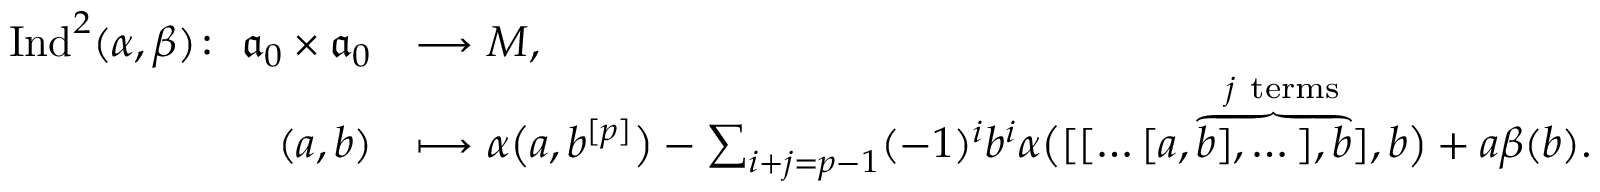
\begin{array} { r l } { \mathrm { I n d } ^ { 2 } ( \alpha , \beta ) \colon \ \mathfrak { a } _ { 0 } \times \mathfrak { a } _ { 0 } } & { \longrightarrow M , } \\ { ( a , b ) } & { \longmapsto \alpha \bigl ( a , b ^ { [ p ] } \bigr ) - \sum _ { i + j = p - 1 } ( - 1 ) ^ { i } b ^ { i } \alpha \bigl ( [ [ \dots [ a , \overset { j \mathrm { ~ t e r m s } } { \overbrace { b ] , \dots ] , b } ] } , b \bigr ) + a \beta ( b ) . } \end{array}